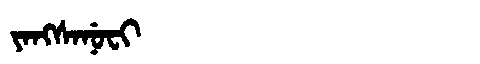
Manchu: ᠶᠠᠩᠰᠠᠨᡠᠸᡳ
Romanization: YANGSANUFI